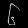
Digit: ၆